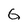
Character: G